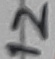
Text: 12